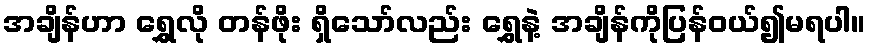
အချိန်ဟာ ရွှေလို တန်ဖိုး ရှိသော်လည်း ရွှေနဲ့ အချိန်ကိုပြန်ဝယ်၍မရပါ။